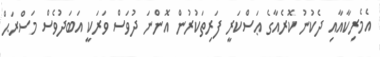
އެމެރިކާއާއި ދެކުނު ކޮރެއާގެ ޢަސްކަރީ ފަރިތަކުރުން އޮންނަ ދުވަސް ވަރަކީ އަބަދުވެސް މަސްރަޙް